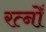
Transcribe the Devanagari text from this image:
रत्नोँ